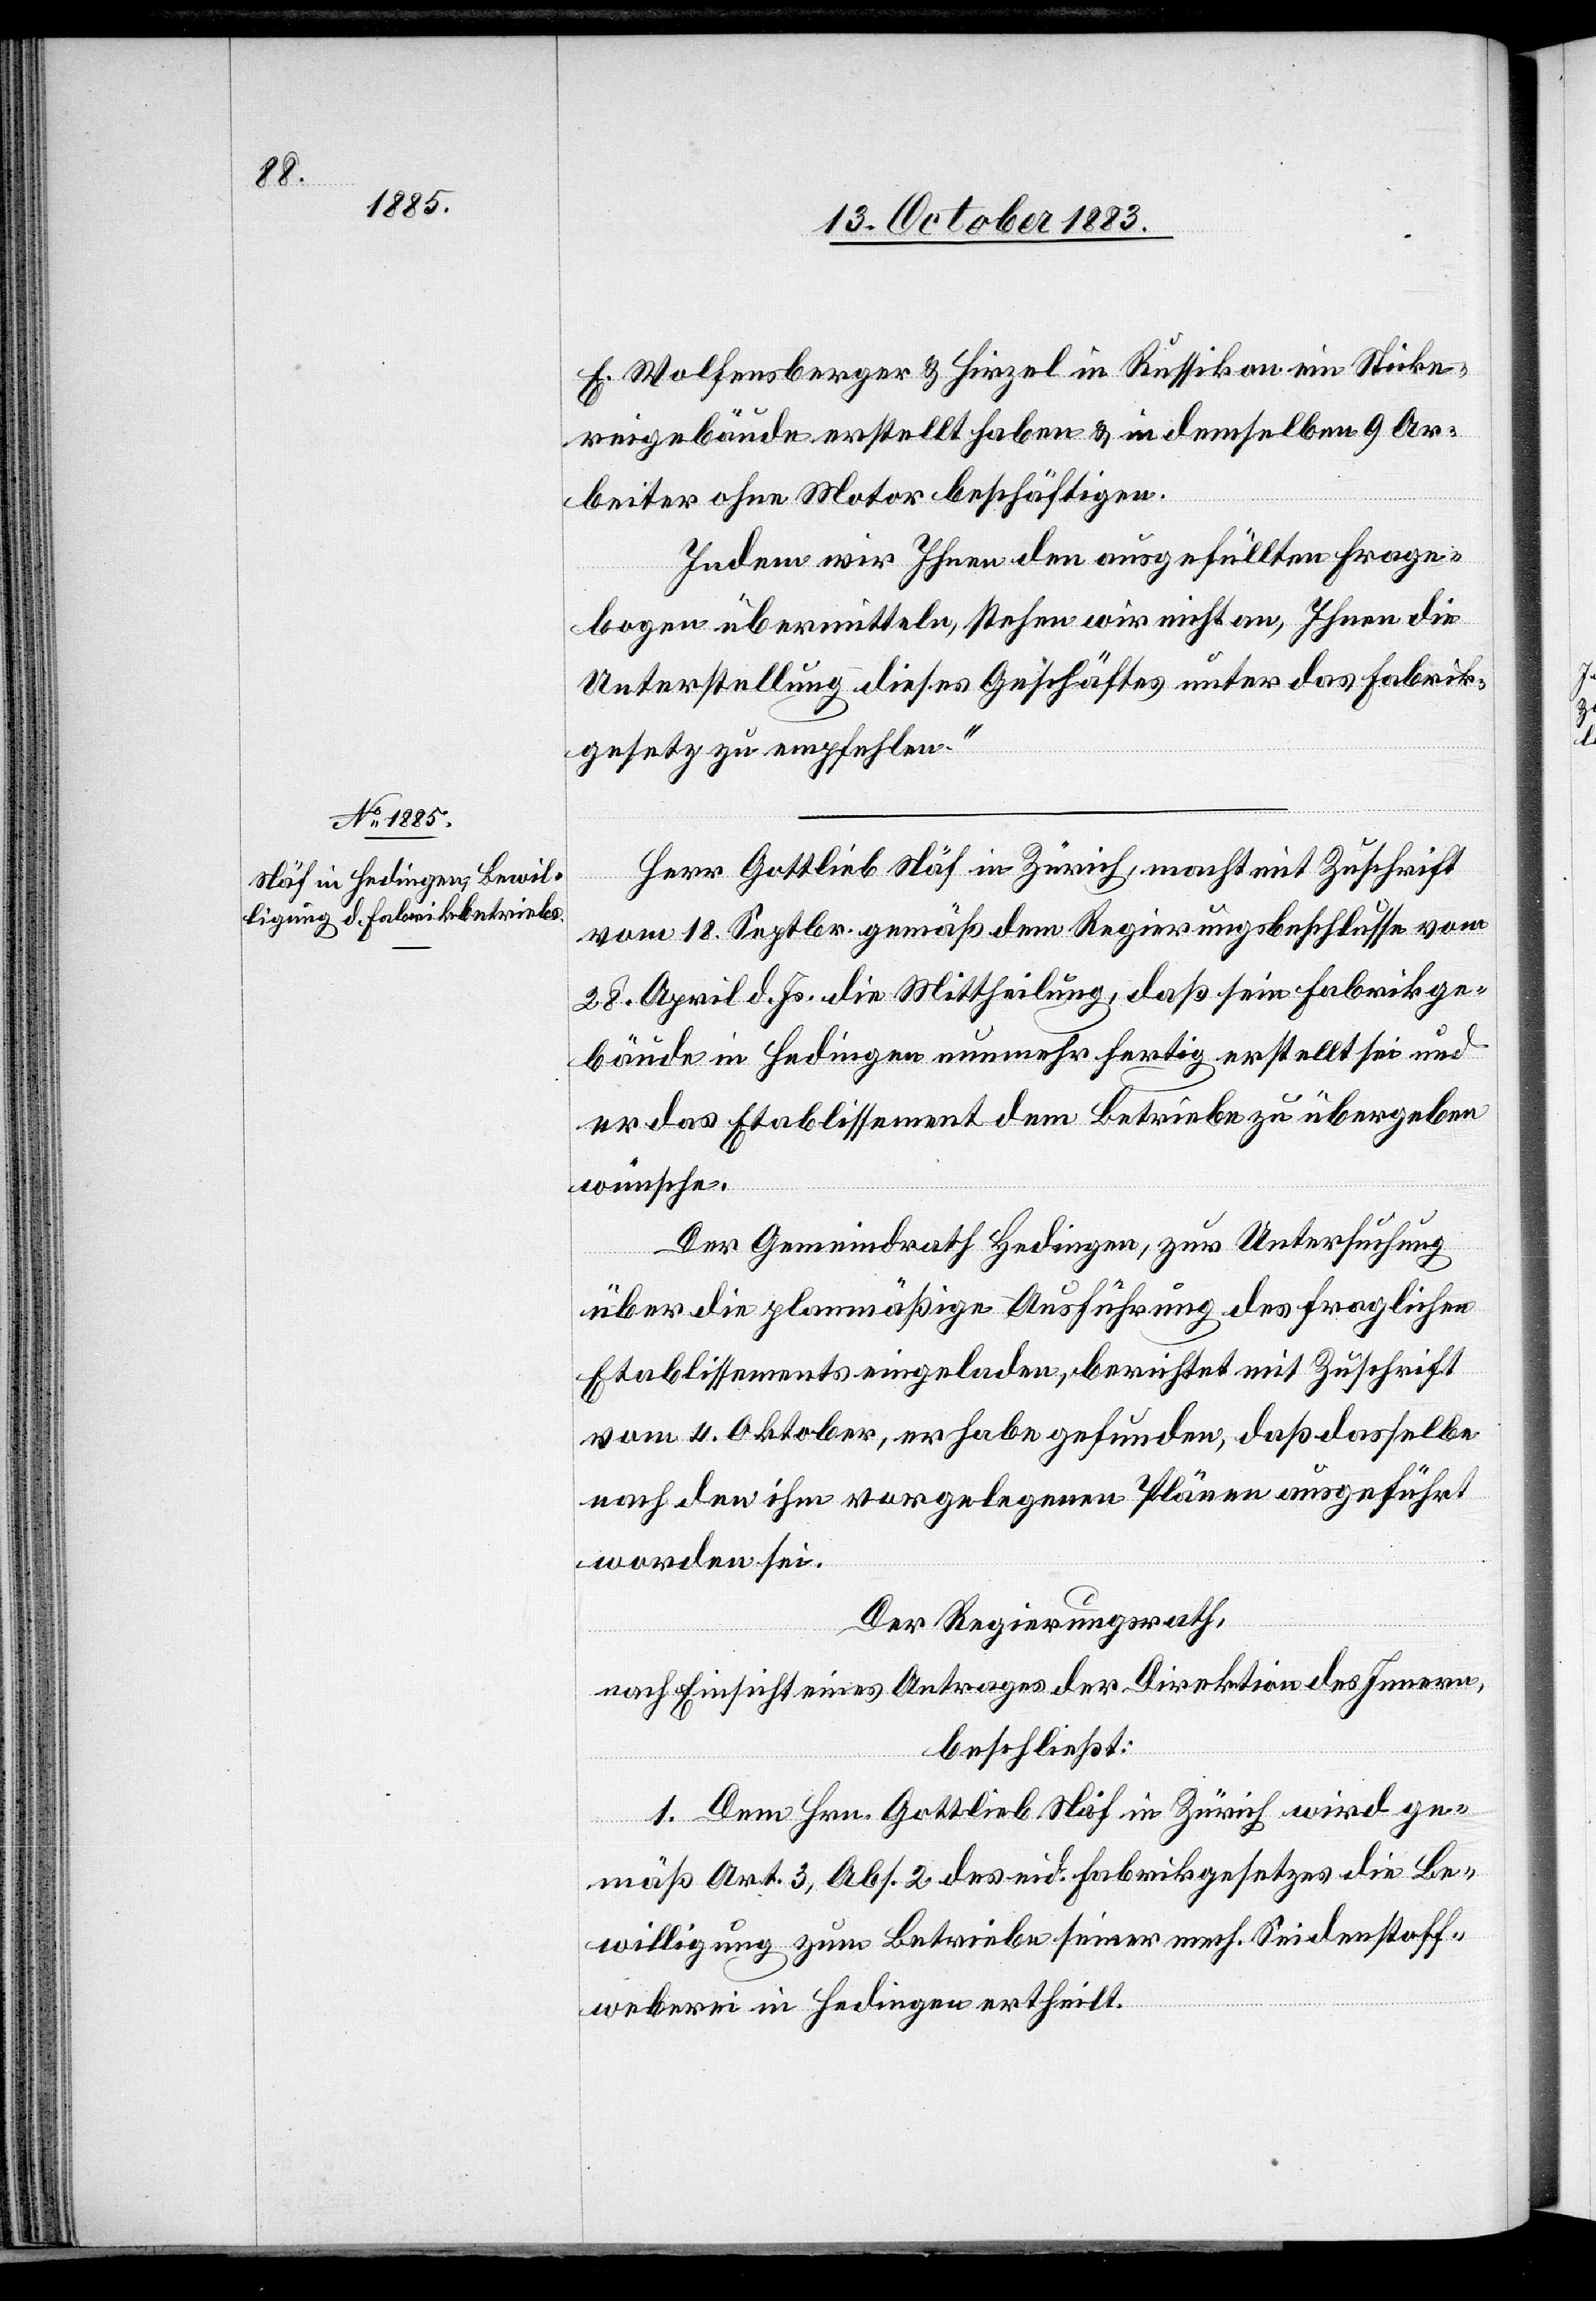
F. Wolfensberger & Hirzel in Russikon ein Sticke¬
reigebäude erstellt haben & in demselben 9 Ar¬
beiter ohne Motor beschäftigen.
Indem wir Ihnen den ausgefüllten Frage¬
bogen übermitteln, stehen wir nicht an, Ihnen die
Unterstellung dieses Geschäftes unter das Fabrik¬
gesetz zu empfehlen.“
Herr Gottlieb Näf in Zürich, macht mit Zuschrift
vom 18. Septbr. gemäß dem Regierungsbeschlusse vom
28. April d. Js. die Mittheilung, daß sein Fabrikge¬
bäude in Hedingen nunmehr fertig erstellt sei und
er das Etablissement dem Betriebe zu übergeben
wünsche.
Der Gemeindrath Hedingen, zur Untersuchung
über die planmäßige Ausführung des fraglichen
Etablissements eingeladen, berichtet mit Zuschrift
vom 4. Oktober, er habe gefunden, daß dasselbe
nach den ihm vorgelegten Plänen ausgeführt
worden sei.
Der Regierungsrath,
nach Einsicht eines Antrages der Direktion des Innern,
beschließt:
1. Dem Hrn. Gottlieb Näf in Zürich wird ge¬
mäß Art. 3, Abs. 2 des eid. Fabrikgesetzes die Be¬
willigung zum Betriebe seiner mech. Seidenstoff¬
weberei in Hedingen ertheilt.